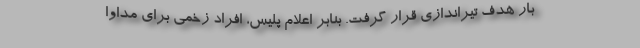
بار هدف تیراندازی قرار گرفت. بنابر اعلام پلیس، افراد زخمی برای مداوا